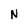
Character: N